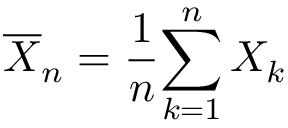
{ \overline { { X } } } _ { n } = { \frac { 1 } { n } } { \sum _ { k = 1 } ^ { n } X _ { k } }